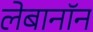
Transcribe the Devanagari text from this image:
लेबानॉन